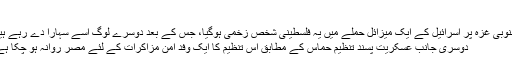
‘‘
جنوبی غزہ پر اسرائیل کے ایک میزائل حملے میں یہ فلسطینی شخص زخمی ہوگیا، جس کے بعد دوسرے لوگ اُسے سہارا دے رہے ہیں
دوسری جانب عسکریت پسند تنظیم حماس کے مطابق اس تنظیم کا ایک وفد امن مزاکرات کے لئے مصر روانہ ہو چکا ہے۔